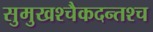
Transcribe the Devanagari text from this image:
सुमुखश्चैकदन्तश्च